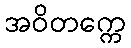
အဝိတက္ကေ